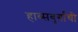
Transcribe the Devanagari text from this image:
हाब्सबुर्गांची